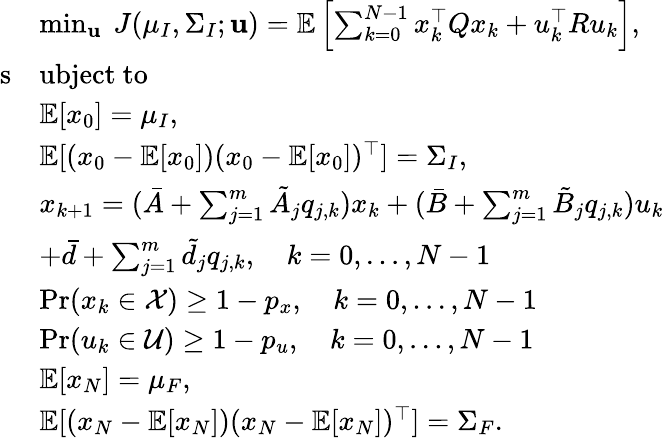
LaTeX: \begin{array}{rl}&{\operatorname*{min}_{\mathbf{u}}~J(\mu_{I},\Sigma_{I};\mathbf{u})=\mathbb{E}\left[\sum_{k=0}^{N-1}x_{k}^{\top}Qx_{k}+u_{k}^{\top}Ru_{k}\right],}\\ {\mathrm{s}}&{\mathrm{ubject~to~}}\\ &{\mathbb{E}[x_{0}]=\mu_{I},}\\ &{\mathbb{E}[(x_{0}-\mathbb{E}[x_{0}])(x_{0}-\mathbb{E}[x_{0}])^{\top}]=\Sigma_{I},}\\ &{x_{k+1}=(\bar{A}+\sum_{j=1}^{m}\tilde{A}_{j}q_{j,k})x_{k}+(\bar{B}+\sum_{j=1}^{m}\tilde{B}_{j}q_{j,k})u_{k}}\\ &{+\bar{d}+\sum_{j=1}^{m}\tilde{d}_{j}q_{j,k},\quad k=0,\dots,N-1}\\ &{\operatorname*{Pr}(x_{k}\in\mathcal{X})\geq 1-p_{x},\quad k=0,\dots,N-1}\\ &{\operatorname*{Pr}(u_{k}\in\mathcal{U})\geq 1-p_{u},\quad k=0,\dots,N-1}\\ &{\mathbb{E}[x_{N}]=\mu_{F},}\\ &{\mathbb{E}[(x_{N}-\mathbb{E}[x_{N}])(x_{N}-\mathbb{E}[x_{N}])^{\top}]=\Sigma_{F}.}\end{array}